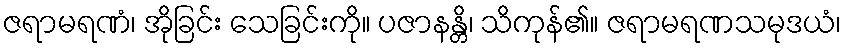
ဇရာမရဏံ၊ အိုခြင်း သေခြင်းကို။ ပဇာနန္တိ၊ သိကုန်၏။ ဇရာမရဏသမုဒယံ၊